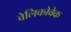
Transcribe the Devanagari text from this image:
वेलिकोवेक